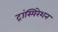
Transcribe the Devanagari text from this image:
ट्रांस्पिरेशन